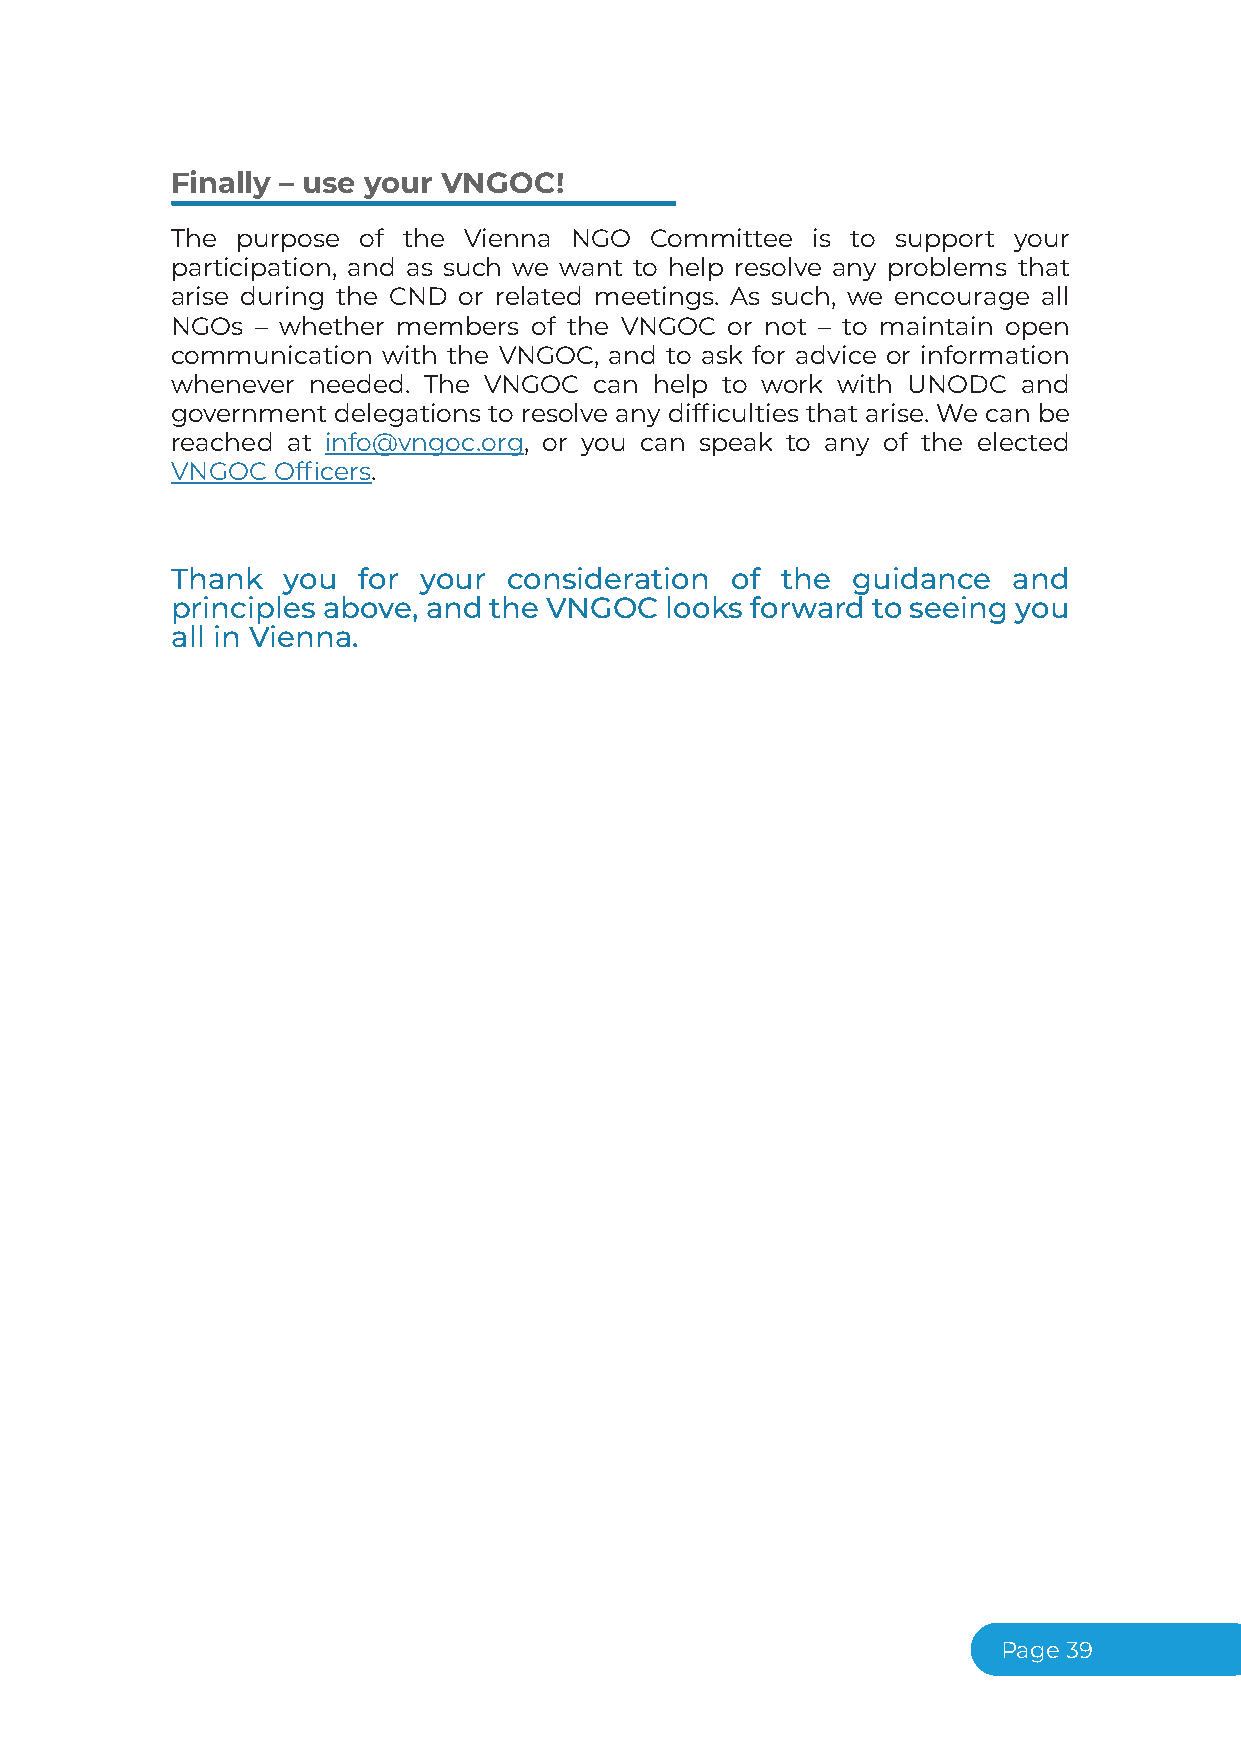
Finally – use your VNGOC!
 The  purpose of the Vienna NGO  Committee  is to support your
 participation, and as such we want to help resolve any problems that
 arise during the CND or related meetings. As such, we encourage all
 NGOs  – whether members of the VNGOC or not – to maintain open
 communication with the VNGOC, and to ask for advice or information
 whenever needed. The VNGOC  can help to work with UNODC  and
 government delegations to resolve any difficulties that arise. We can be
 reached at info@vngoc.org, or you can speak to any of the elected
 VNGOC  Officers.
 Thank   you  for your  consideration of  the guidance   and
 principles above, and the VNGOC  looks forward to seeing you
 all in Vienna.
 Page39